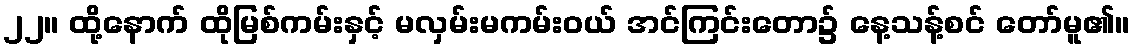
၂၂။ ထို့နောက် ထိုမြစ်ကမ်းနှင့် မလှမ်းမကမ်းဝယ် အင်ကြင်းတော၌ နေ့သန့်စင် တော်မူ၏။